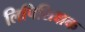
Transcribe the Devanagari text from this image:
लिपिशिक्षक